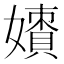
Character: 𡢲